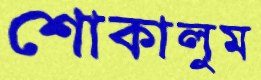
শোকালুম